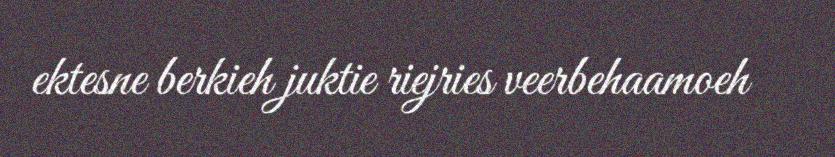
ektesne berkieh juktie riejries veerbehaamoeh